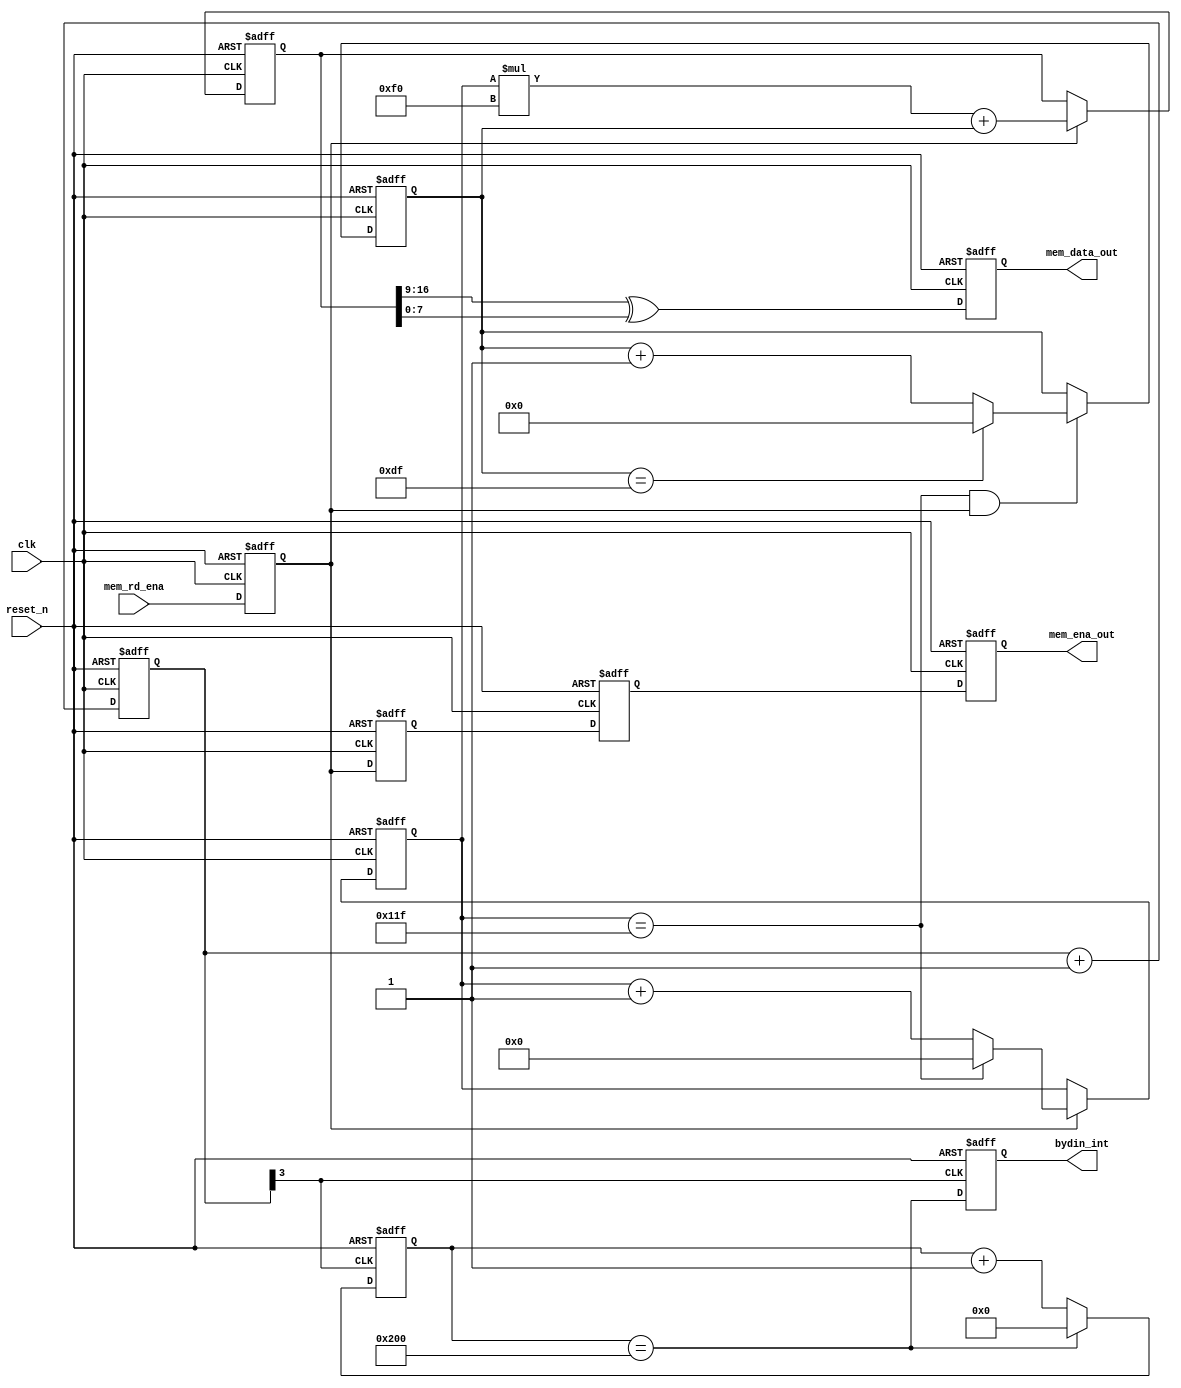
module bydin_sim(
    clk,
    reset_n,
    mem_rd_ena,
    mem_data_out,
    mem_ena_out,
    bydin_int
);

input            clk;
input            reset_n;
input            mem_rd_ena;

output   [7:0]   mem_data_out;
output           mem_ena_out;
output           bydin_int;

parameter MI_DEPTH =  9'd288;
parameter K_REG = 8'd224;

reg              rd_ena_d1;
reg              rd_ena_d2;
reg              rd_ena_d3;
reg              mem_ena_out;
reg      [7:0]   mem_data_out;
reg      [8:0]   row_out;
reg      [7:0]   counter_out;
reg      [16:0]  ram_addr;

wire     [8:0]   mi_reg;
wire     [7:0]   k_reg;

wire   ram_rd = rd_ena_d2;
wire   ram_rd_d1 = rd_ena_d3;

assign mi_reg = MI_DEPTH;
assign k_reg  = K_REG;

always @ (posedge clk or negedge reset_n)
begin
   if(reset_n == 1'b0)
       row_out <= #1 9'h0;	   
   else if(rd_ena_d1) begin
       if(row_out[8:0] == (mi_reg[8:0] - 1'b1) )
           row_out <= #1 9'h0;
       else
	   row_out <= #1 row_out + 1'b1;
   end
end  

always @ (posedge clk or negedge reset_n)
begin
   if(reset_n == 1'b0)
       counter_out <= #1 8'h0;	   
   else if((row_out[8:0] == (mi_reg[8:0] - 1'b1)) & rd_ena_d1) begin
       if(counter_out[7:0] == (k_reg[7:0] - 1'b1))
           counter_out <= #1 8'h0;
       else
	   counter_out <= #1 counter_out + 1'b1;
   end
end  

always @ (posedge clk or negedge reset_n)
begin
    if(reset_n == 1'b0)
	 ram_addr[16:0] <= #1 17'b0;
    else if(rd_ena_d1)
	 ram_addr[16:0] <= #1 row_out[8:0]*8'd240+counter_out[7:0];
end

always @ (posedge clk or negedge reset_n)
begin
    if(reset_n == 1'b0)
	 rd_ena_d1 <= #1 1'b0;
    else
	 rd_ena_d1 <= #1 mem_rd_ena;
end

always @ (posedge clk or negedge reset_n)
begin
    if(reset_n == 1'b0)
	 rd_ena_d2 <= #1 1'b0;
    else
	 rd_ena_d2 <= #1 rd_ena_d1;
end

always @ (posedge clk or negedge reset_n)
begin
    if(reset_n == 1'b0)
	 rd_ena_d3 <= #1 1'b0;
    else
	 rd_ena_d3 <= #1 rd_ena_d2;
end

always @ (posedge clk or negedge reset_n)
begin
    if(reset_n == 1'b0)
	 mem_ena_out <= #1 1'b0;
    else
	 mem_ena_out <= #1 rd_ena_d3;
end

always @ (posedge clk or negedge reset_n)
begin
    if(reset_n == 1'b0)
	 mem_data_out <= #1 8'b0;
    else
	 mem_data_out <= #1 ram_addr[16:9] ^ ram_addr[7:0]; //ram_dataout[7:0];
end

// 1s generate 1 interrupt vector
reg [3:0]  low_counter;
reg [21:0] high_counter;
reg        bydin_int;
wire   low_cnt_clk = low_counter[3];
`ifdef FPGA
wire   rst_counter = high_counter == 22'h2625A0;
`else
wire   rst_counter = high_counter == 22'h200;
`endif

always @ (posedge clk or negedge reset_n)
begin
    if(reset_n == 1'b0)
	 low_counter <= #1 4'b0;
    else
	 low_counter <= #1 low_counter + 1'b1;
end

always @ (posedge low_cnt_clk or negedge reset_n)
begin
    if(reset_n == 1'b0)
	 high_counter <= #1 22'b0;
    else if(rst_counter)
	 high_counter <= #1 22'b0;
    else
	 high_counter <= #1 high_counter + 1'b1;
end

always @ (posedge low_cnt_clk or negedge reset_n)
begin
    if(reset_n == 1'b0)
	 bydin_int  <= #1 1'b0;
    else
	 bydin_int <= #1 rst_counter;
end


endmodule